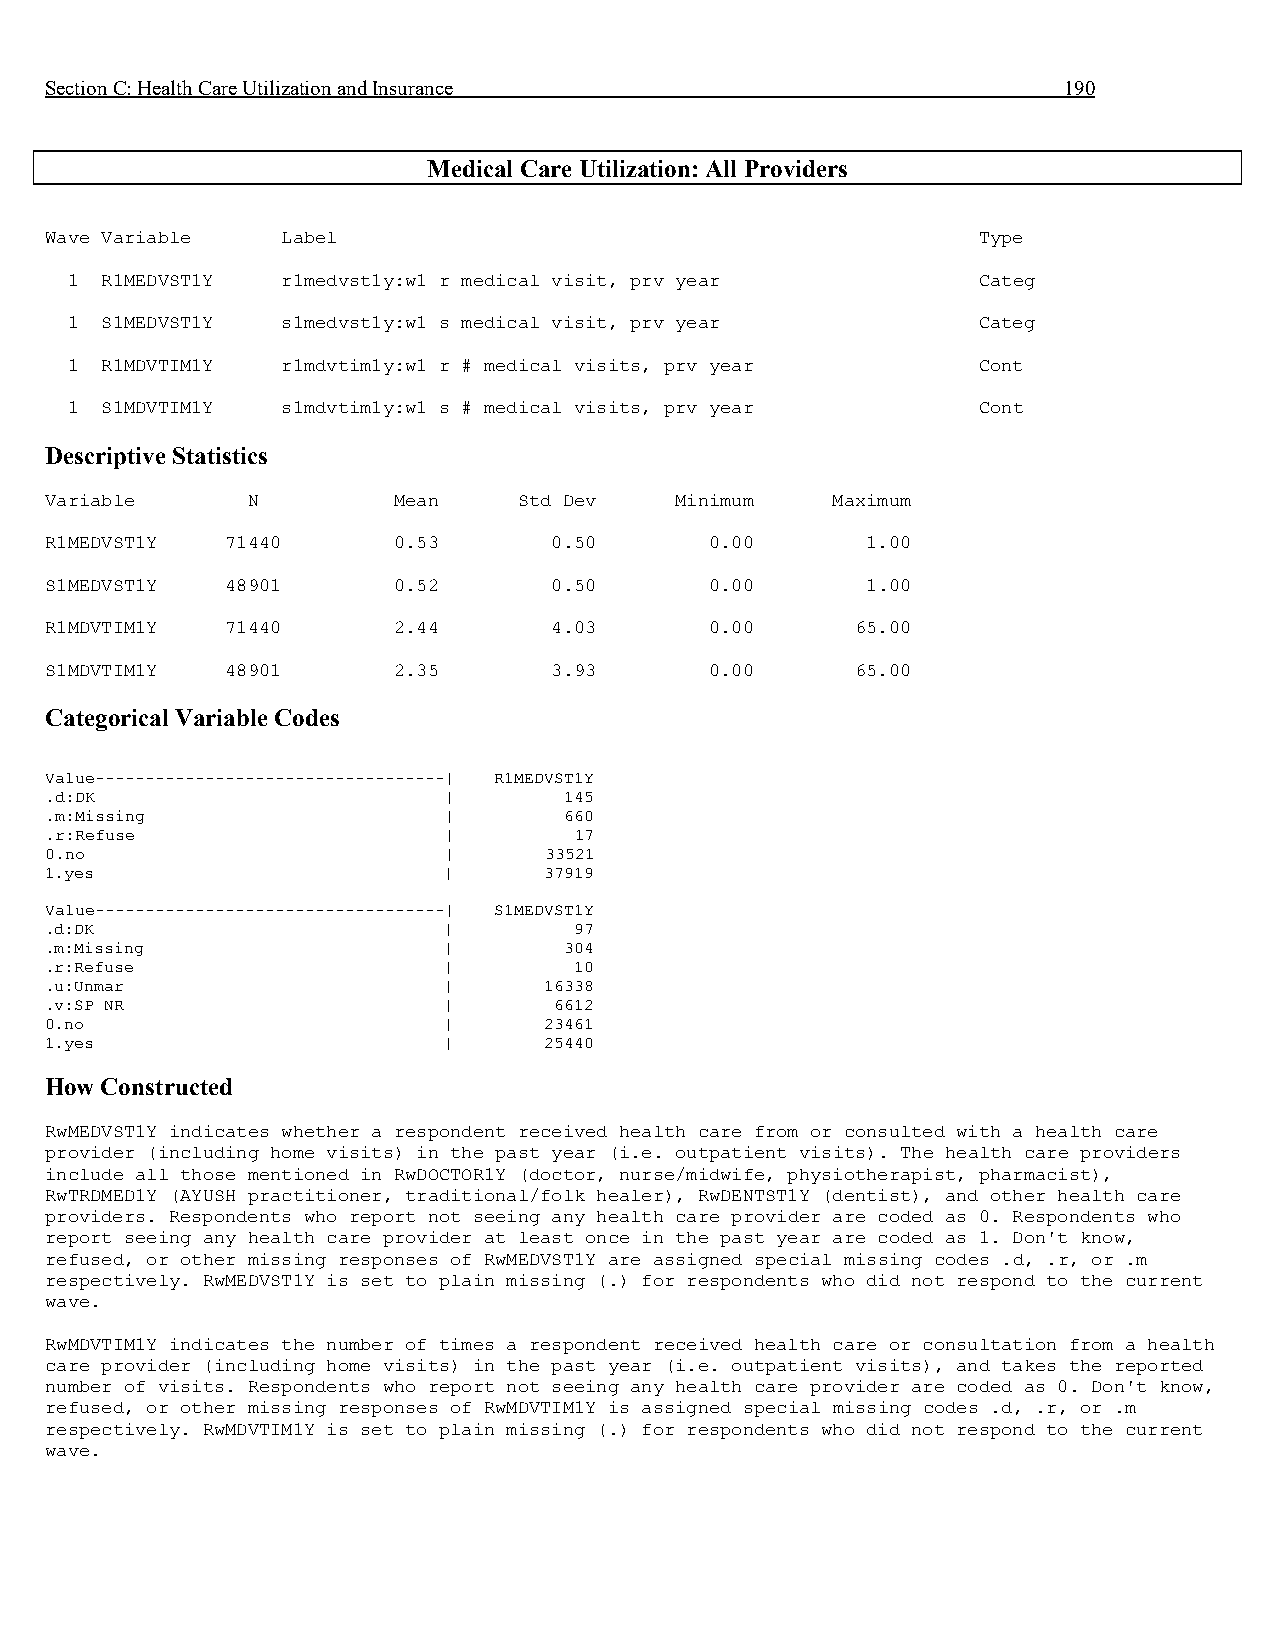
Section C: Health Care Utilization and Insurance                   190
 Medical Care Utilization: All Providers
 Wave Variable   Label                                         Type
 1  R1MEDVST1Y  r1medvst1y:w1 r medical visit, prv year       Categ
 1  S1MEDVST1Y  s1medvst1y:w1 s medical visit, prv year       Categ
 1  R1MDVTIM1Y  r1mdvtim1y:w1 r # medical visits, prv year    Cont
 1  S1MDVTIM1Y  s1mdvtim1y:w1 s # medical visits, prv year    Cont
 Descriptive Statistics
 Variable     N         Mean    Std Dev    Minimum   Maximum
 R1MEDVST1Y  71440      0.53      0.50       0.00      1.00
 S1MEDVST1Y  48901      0.52      0.50       0.00      1.00
 R1MDVTIM1Y  71440      2.44      4.03       0.00      65.00
 S1MDVTIM1Y  48901      2.35      3.93       0.00      65.00
 Categorical Variable Codes
 Value-----------------------------------| R1MEDVST1Y
 .d:DK                     |       145
 .m:Missing                |       660
 .r:Refuse                 |        17
 0.no                      |      33521
 1.yes                     |      37919
 Value-----------------------------------| S1MEDVST1Y
 .d:DK                     |        97
 .m:Missing                |       304
 .r:Refuse                 |        10
 .u:Unmar                  |      16338
 .v:SP NR                  |       6612
 0.no                      |      23461
 1.yes                     |      25440
 How Constructed
 RwMEDVST1Y indicates whether a respondent received health care from or consulted with a health care
 provider (including home visits) in the past year (i.e. outpatient visits). The health care providers
 include all those mentioned in RwDOCTOR1Y (doctor, nurse/midwife, physiotherapist, pharmacist),
 RwTRDMED1Y (AYUSH practitioner, traditional/folk healer), RwDENTST1Y (dentist), and other health care
 providers. Respondents who report not seeing any health care provider are coded as 0. Respondents who
 report seeing any health care provider at least once in the past year are coded as 1. Don't know,
 refused, or other missing responses of RwMEDVST1Y are assigned special missing codes .d, .r, or .m
 respectively. RwMEDVST1Y is set to plain missing (.) for respondents who did not respond to the current
 wave.
 RwMDVTIM1Y indicates the number of times a respondent received health care or consultation from a health
 care provider (including home visits) in the past year (i.e. outpatient visits), and takes the reported
 number of visits. Respondents who report not seeing any health care provider are coded as 0. Don't know,
 refused, or other missing responses of RwMDVTIM1Y is assigned special missing codes .d, .r, or .m
 respectively. RwMDVTIM1Y is set to plain missing (.) for respondents who did not respond to the current
 wave.